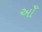
ઑઁ